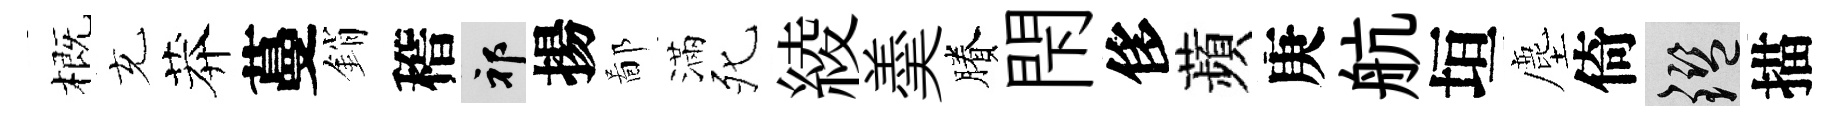
概充莽蔓銷稽祁揚鄙滿死綾羮賸閇侈蘋庚航垣塵倚鑒描